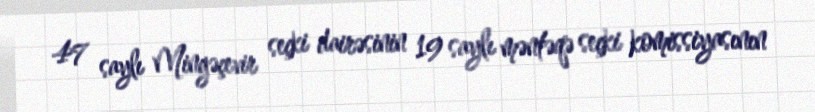
47 saylı Mingəçevir seçki dairəsinin 19 saylı məntəqə seçki komissiyasının